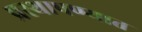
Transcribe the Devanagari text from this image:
प्रस्थापण्यात